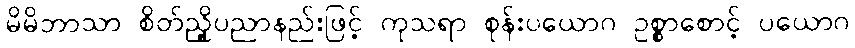
မိမိဘာသာ စိတ်ညှို့ပညာနည်းဖြင့် ကုသရာ စုန်းပယောဂ ဥစ္စာစောင့် ပယောဂ